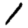
Digit: 1